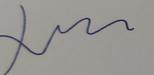
Signature authenticity: genuine